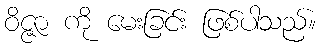
ဝိဇ္ဇာ ကို မေးခြင်း ဖြစ်ပါသည်။